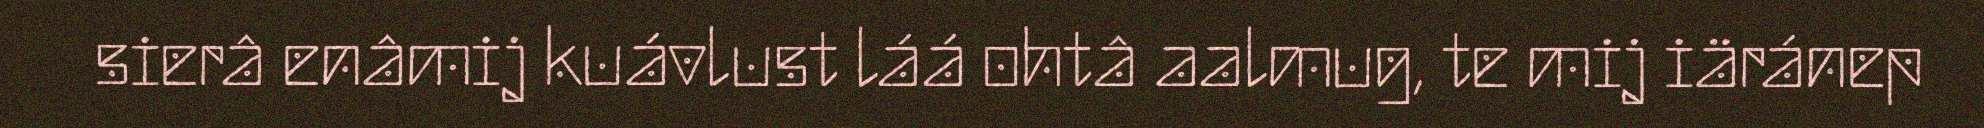
sierâ enâmij kuávlust láá ohtâ aalmug, te mij iäránep